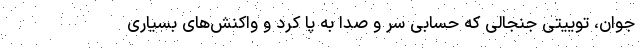
جوان، توییتی جنجالی که حسابی سر و صدا به پا کرد و واکنش‌های بسیاری